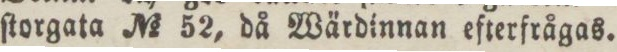
ſtorgata No 52, då Wärdinnan efterfrågas.